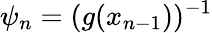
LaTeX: \psi_{n}=(g(x_{n-1}))^{-1}